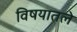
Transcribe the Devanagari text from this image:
विषयातले